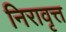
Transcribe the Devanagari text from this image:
निरावृत्त